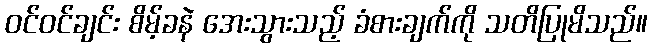
ဝင်ဝင်ချင်း စိမ့်ခနဲ အေးသွားသည့် ခံစားချက်ကို သတိပြုမိသည်။